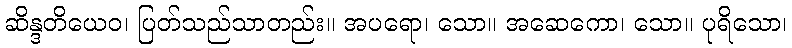
ဆိန္ဒတိယေဝ၊ ပြတ်သည်သာတည်း။ အပရော၊ သော။ အဆေကော၊ သော။ ပုရိသော၊